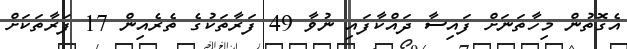
އެގޮތުން މިހާތަނަށް ފައިސާ ދައްކާފައި ނުވާ 49 ފަރާތަކުގެ ތެރެއިން 17 ފަރާތަކަށް